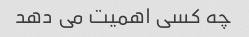
چه کسی اهمیت می دهد